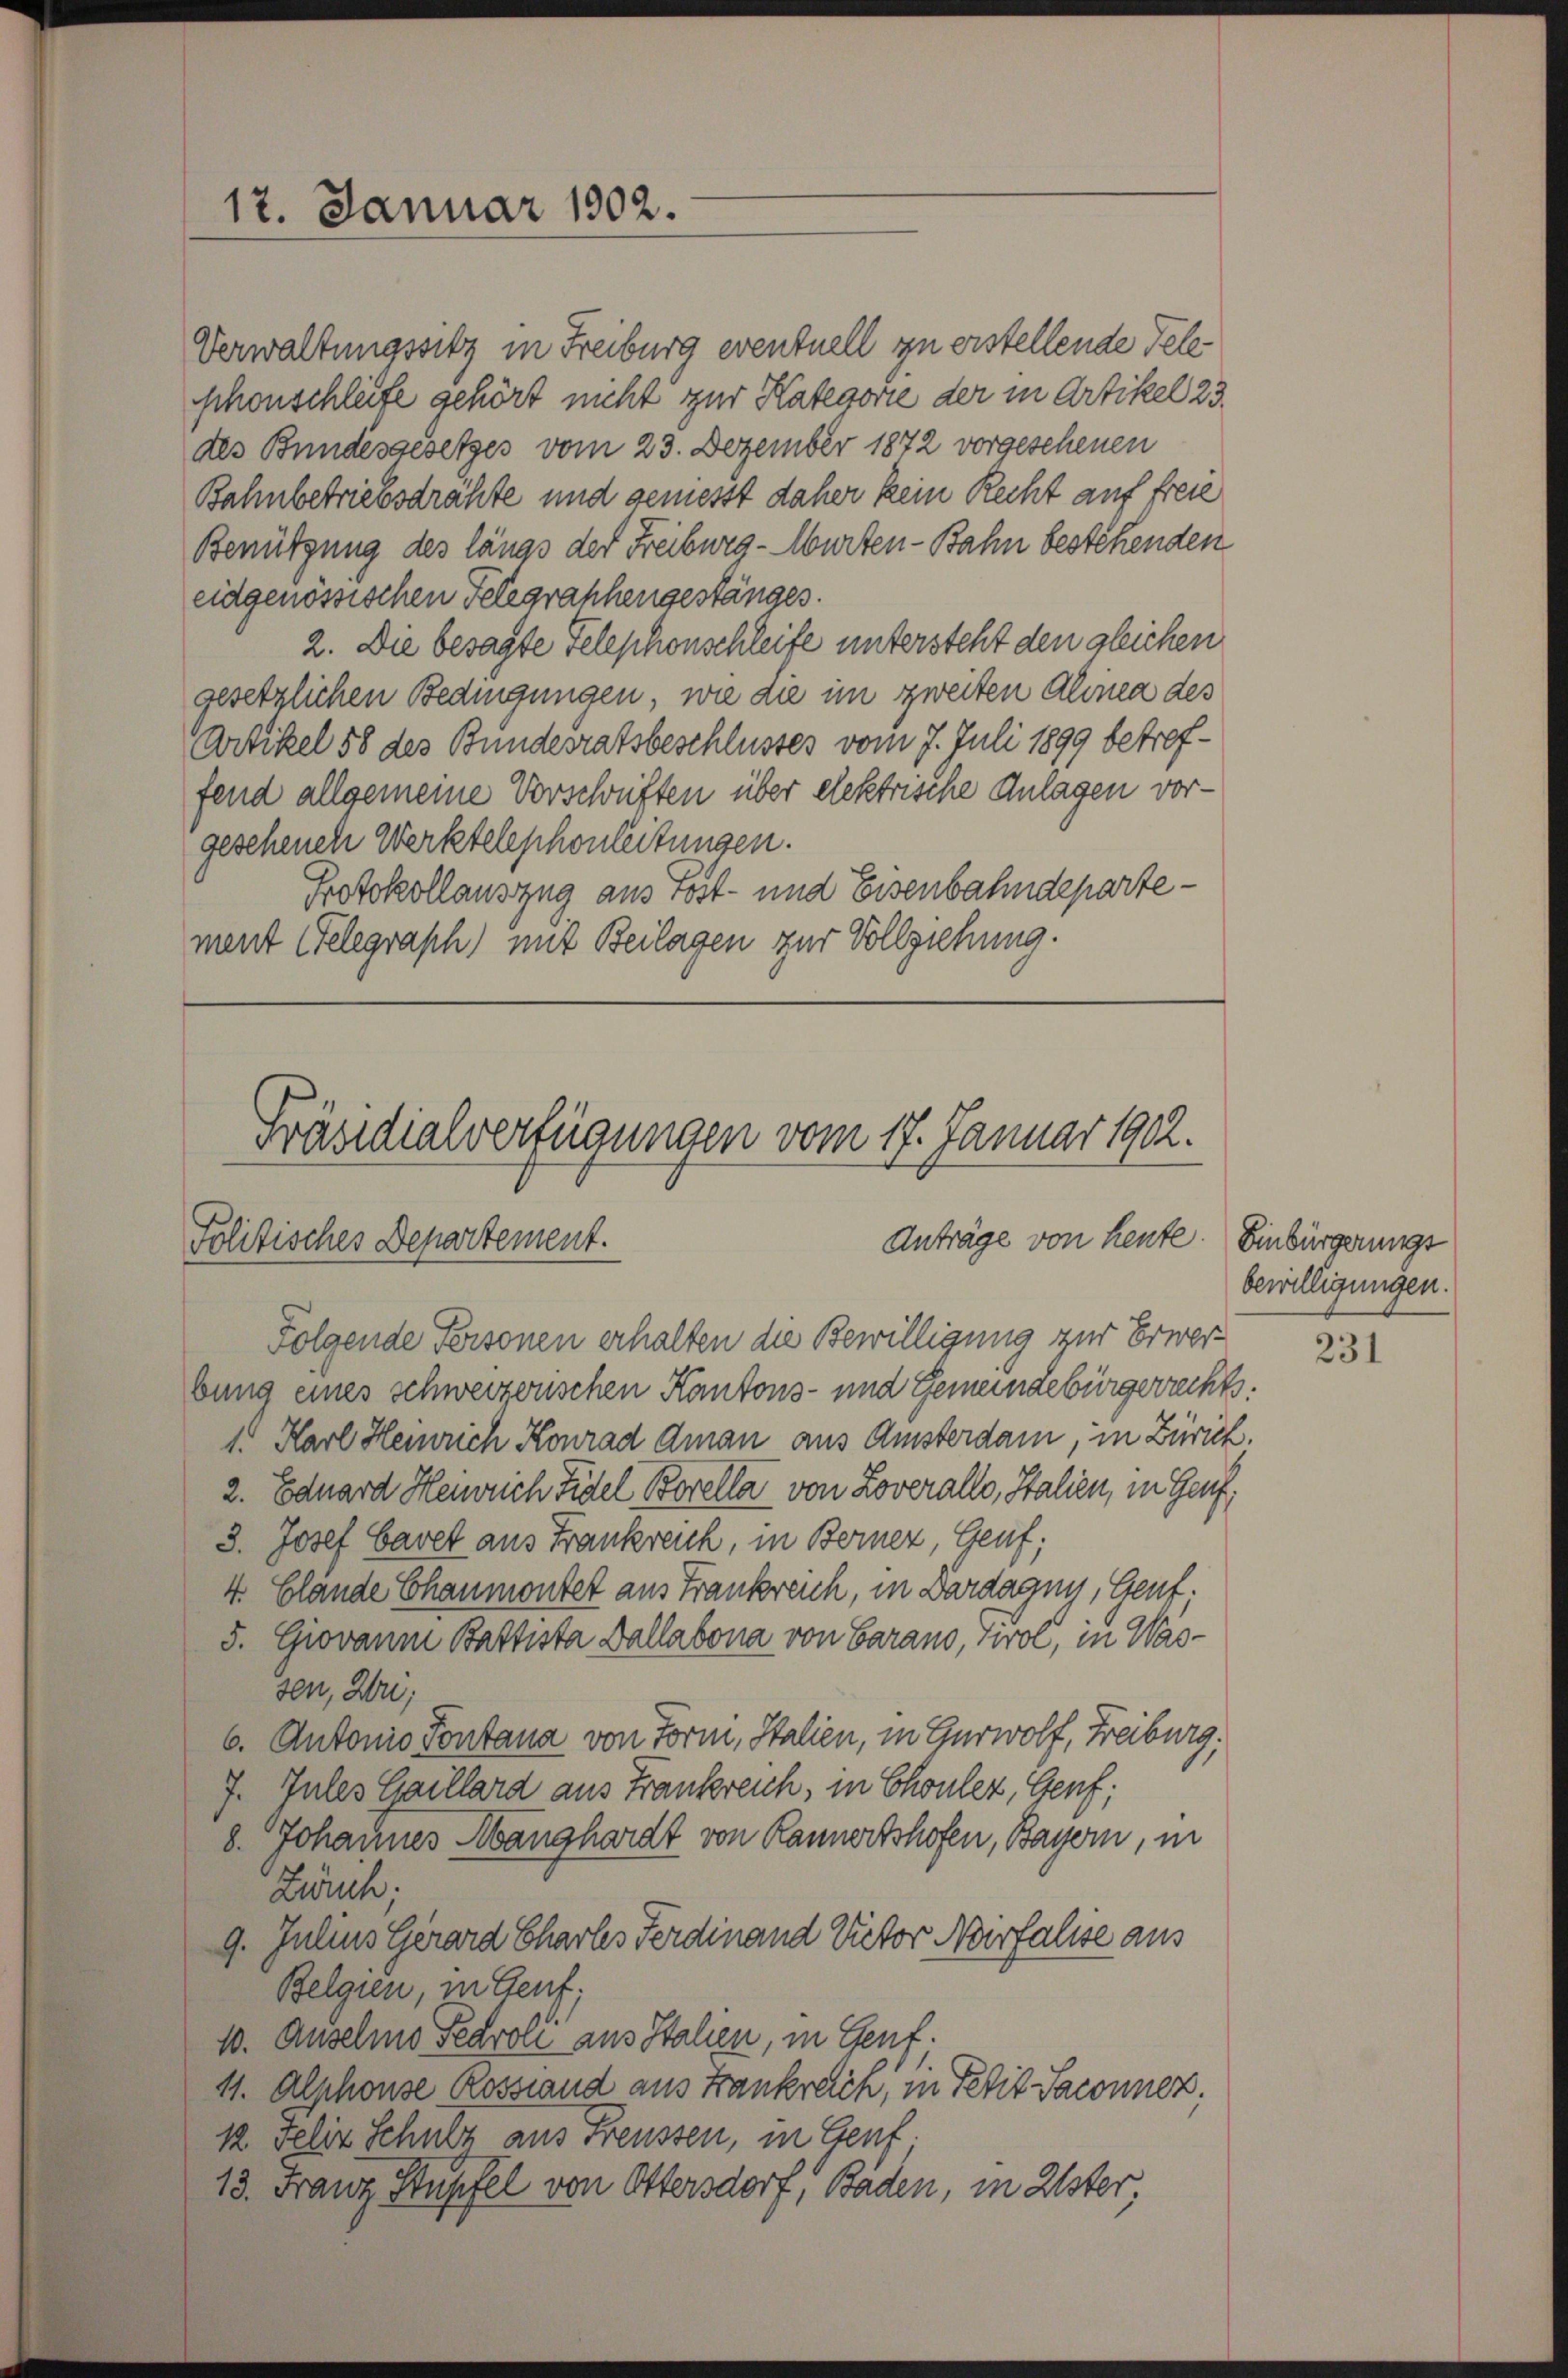
17. Januar 1902.

Verwaltungssitz in Freiburg eventuell zu erstellende Teleshonschleife gehört nicht zur Kategorie der in Artikel 23.
des Bundesgesetzes vom 23. Dezember 1872 vorgeschenen
Bahnbetriebsdrähte und geniesst daher kein Recht auf freie
Benützung des längs der Freiburg - Murten-Bahn bestehenden
eidgenössischen Telegraphengestanges.
2. Die besagte Telephonschleite untersteht den gleichen
gesetzlichen Bedingungen, wie die im zweiten Alinea des
Artikel 58 des Bundesratsbeschlusses vom 7. Juli 1899 betreffend allgemeine Vorschriften über elektrische Anlagen vorgeschenen Werktelephonleitungen.
Protokollauszug aus Post- und Eisenbahndepartement Gelegraph) mit Beilagen zur Vollziehung.

Präsidialverfügungen vom 17. Januar 1902.
Anträge von heute.
Politisches Departement.

Folgende Personen erhalten die Bewilligung zur Erwerbung eines schweizerischen Kantons- und Gemeindebürgerrechts.
1. Karl Heinrich Konrad Aman aus Amsterdam, in Zürich.
2. Eduard Henrich Fidel Borella von Zoverallo, Italien, in Genf,
3. Josef Havet aus Frankreich, in Bernez, Genf;
4. Glande Chaumonter aus Frankreich, in Dardagny, Genf.
5. Giovanm Battista Dallabona von Garano, Tirol, in Wassen, Wu;
6. Antonio Fontana von Form, Italien, in Hurwolf, Freiburg,
7. Jules Gaillard aus Frankreich, in Chouler, Genf;
8. Johannes Manghardt von Kannertshofen, Bayern, in
Zürch.
9. Julius Gerard Charler Ferdinand Victor Noirfalsse aus
Belgien, in Genf,
10. Auselno Pearoli aus Stahen, in Genf.
11. Alphonse Rossiand aus Frankreich, in Petit Saconnen,
12 veliz Schulz aus Freussen, in Genf.
13. Franz Stupfel von Ottersdorf, Baden, in Uster,

Einbürgerungs
bewilligungen.

231